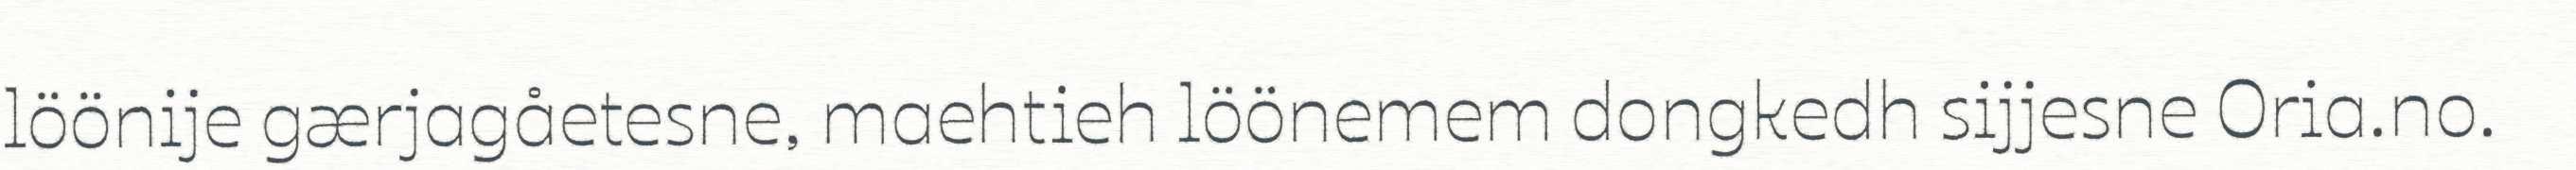
löönije gærjagåetesne, maehtieh löönemem dongkedh sijjesne Oria.no.